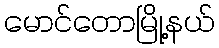
မောင်တောမြို့နယ်